system: You are a helpful assistant.
user:
Analyze the provided spectrum to determine if it is a **S-type Star**.

- **Key Indicators for S-type Star:**

    - **(Overall Spectrum Shape):** The first and most obvious characteristic is the overall continuum (the "baseline" shape). It is **extremely "red-sloping,"** meaning the flux (light intensity) is very low on the left side (blue, ~4000-4500 Å) and rises steeply and continuously toward the right side (red, ~7000 Å+).

    - **(Primary):** The spectrum is defined by the presence of strong, broad molecular absorption "valleys" (bands) from **Zirconium Oxide (ZrO)**. The identification of these bands is the **primary requirement** for classifying a star as S-type.
        - **(Key Bandheads):** You must find distinct, deep "dips" where the light has been absorbed. The most critical band systems to locate are:
            - **~6474 Å** ($\gamma$-system): This is often the strongest and clearest ZrO feature, found in the red part of the spectrum.
            - **~5718 Å** & **~5551 Å** ($\beta$-system): A pair of prominent absorption features in the yellow-orange part of the spectrum.
            - **~4640 Å** ($\alpha$-system): A key absorption band system in the blue-green region of the spectrum.

    - **(Secondary Confirmation):** The classification is strengthened by finding additional absorption bands from other related heavy element oxides, which are expected to be present alongside ZrO.
        - **(Key Bandheads):**
            - **Yttrium Oxide (YO):** Look for absorption dips near **~4800 Å** and **~6100 Å**.
            - **Lanthanum Oxide (LaO):** Additional absorption features, particularly in the red-orange part of the spectrum, are also characteristic.

    - **(Line Profile):** The combination of the steep red continuum and these numerous, deep molecular bands (ZrO, YO, etc.) gives the entire spectrum a very **"chopped-up"** or **"bumpy"** appearance. Instead of a smooth curve, the spectrum looks as though large, wide chunks of light have been "carved out" of it at the specific wavelengths listed above.

Think first, call **spectral_visualization_tool** if needed to examine features in detail, then provide your final answer. Your response must adhere to the following strict rules:
1.  **Overall Structure:** Your response must follow the format `<think>...</think> <tool_call>...</tool_call> (if a tool is used) <answer>...</answer>`.
2.  **Tool Usage Constraint:** You may only make **one** tool call per turn.
3.  **Final Answer Format:** In the `<answer>` tag, your conclusion must be inside a `\boxed{}` command (e.g., `\boxed{YES}` or `\boxed{NO}`), followed by your justification.

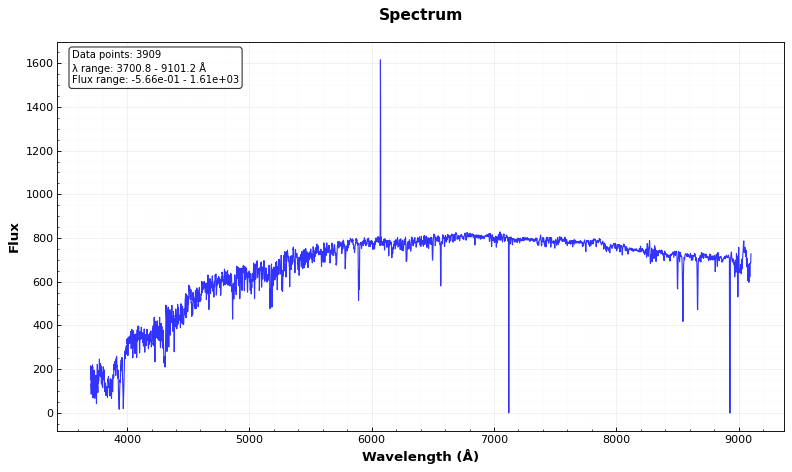
Answer: NO